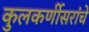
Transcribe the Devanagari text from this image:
कुलकर्णीसरांचे